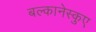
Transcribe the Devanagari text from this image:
बल्कानेस्कुए